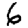
Digit: 6